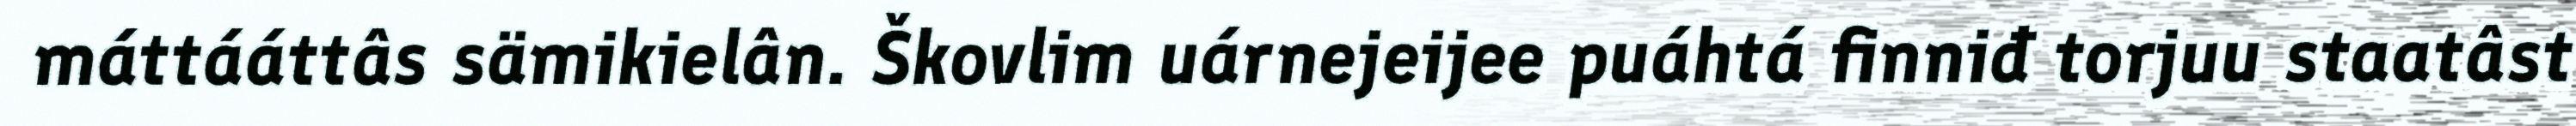
máttááttâs sämikielân. Škovlim uárnejeijee puáhtá finniđ torjuu staatâst